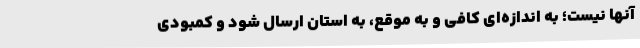
آنها نیست؛ به اندازه‌ای کافی و به موقع، به استان ارسال شود و کمبودی